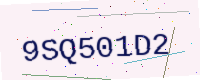
Text: 9SQ501D2